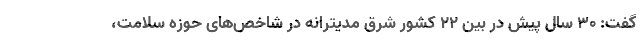
گفت: 30 سال پیش در بین 22 کشور شرق مدیترانه در شاخص‌‌های حوزه سلامت،